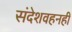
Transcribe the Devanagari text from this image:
संदेशवहनही